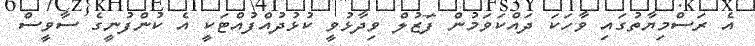
އެ ރަސްމިޔާތުގައި ވާހަކަ ދައްކަވަމުން ފަޒުލް ވިދާޅުވީ ކުޅުދުއްފުއްޓަކީ އެ ކުންފުނީގެ ސާވީސް